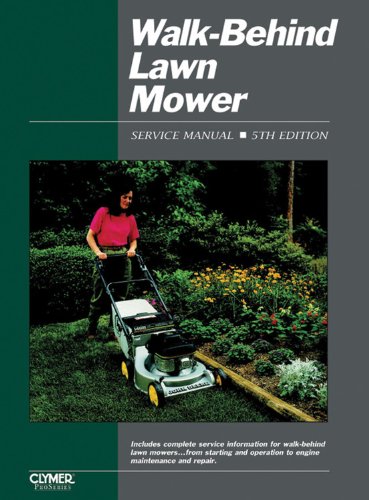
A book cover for Walk-Behind Lawn Mower Ed 5 (Walk Behind Lawn Mower Service Manual); Penton Staff; Crafts, Hobbies & Home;